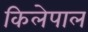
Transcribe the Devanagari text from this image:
किलेपाल